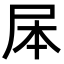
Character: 𭕕